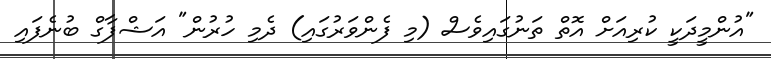
"އުންމީދަކީ ކުރިއަށް އޮތް ތަނުގައިވެސް (މި ފެންވަރުގައި) ދެމި ހުރުން" އަޝްފާގް ބުނެފައި